Insane asylums in Bengal annual reports 1867-1875 - 1867-1875
Year: 1867
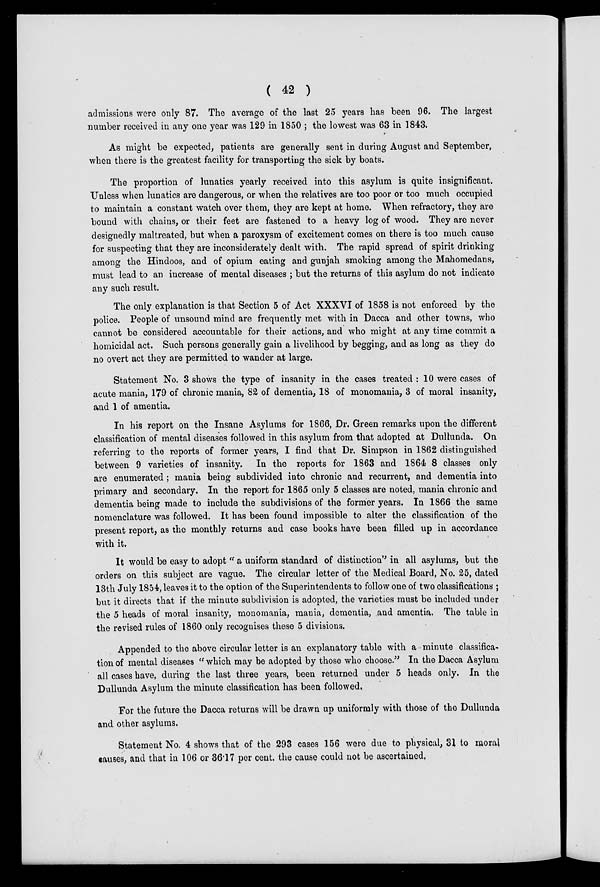
( 42 )
admissions were only 87. The average of the last 25 years has been 96. The largest
number received in any one year was 129 in 1850 ; the lowest was 63 in 1843.
As might be expected, patients are generally sent in during August and September,
when there is the greatest facility for transporting the sick by boats.
The proportion of lunatics yearly received into this asylum is quite insignificant.
Unless when lunatics are dangerous, or when the relatives are too poor or too much occupied
to maintain a constant watch over them, they are kept at home. When refractory, they are
bound with chains, or their feet are fastened to a heavy log of wood. They are never
designedly maltreated, but when a paroxysm of excitement comes on there is too much cause
for suspecting that they are inconsiderately dealt with. The rapid spread of spirit drinking
among the Hindoos, and of opium eating and gunjah smoking among the Mahomedans,
must lead to an increase of mental diseases ; but the returns of this asylum do not indicate
any such result.
The only explanation is that Section 5 of Act XXXVI of 1858 is not enforced by the
police. People of unsound mind are frequently met with in Dacca and other towns, who
cannot be considered accountable for their actions, and who might at any time commit a
homicidal act. Such persons generally gain a livelihood by begging, and as long as they do
no overt act they are permitted to wander at large.
Statement No. 3 shows the type of insanity in the cases treated : 10 were cases of
acute mania, 179 of chronic mania, 82 of dementia, 18 of monomania, 3 of moral insanity,
and 1 of amentia.
In his report on the Insane Asylums for 1866, Dr. Green remarks upon the different
classification of mental diseases followed in this asylum from that adopted at Dullunda. On
referring to the reports of former years, I find that Dr. Simpson in 1862 distinguished
between 9 varieties of insanity. In the reports for 1863 and 1864 8 classes only
are enumerated; mania being subdivided into chronic and recurrent, and dementia into
primary and secondary. In the report for 1865 only 5 classes are noted, mania chronic and
dementia being made to include the subdivisions of the former years. In 1866 the same
nomenclature was followed. It has been found impossible to alter the classification of the
present report, as the monthly returns and case books have been filled up in accordance
with it.
It would be easy to adopt "a uniform standard of distinction" in all asylums, but the
orders on this subject are vague. The circular letter of the Medical Board, No. 25, dated
13th July 1854, leaves it to the option of the Superintendents to follow one of two classifications ;
but it directs that if the minute subdivision is adopted, the varieties must be included under
the 5 heads of moral insanity, monomania, mania, dementia, and amentia. The table in
the revised rules of 1860 only recognises these 5 divisions.
Appended to the above circular letter is an explanatory table with a minute classifica-
tion of mental diseases " which may be adopted by those who choose." In the Dacca Asylum
all cases have, during the last three years, been returned under 5 heads only. In the
Dullunda Asylum the minute classification has been followed.
For the future the Dacca returns will be drawn up uniformly with those of the Dullunda
and other asylums.
Statement No. 4 shows that of the 293 cases 156 were due to physical, 31 to moral
causes, and that in 106 or 36.17 per cent. the cause could not be ascertained,